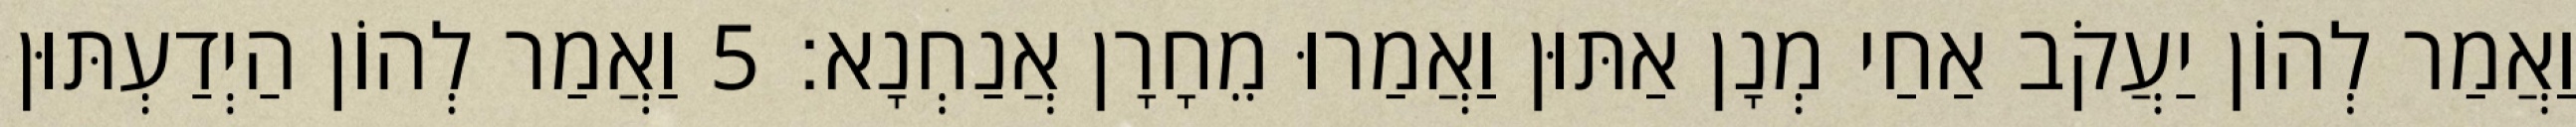
וַאֲמַר לְהוֹן יַעֲקֹב אַחַי מְנָן אַתּוּן וַאֲמַרוּ מֵחָרָן אֲנַחְנָא׃ 5 וַאֲמַר לְהוֹן הַיְדַעְתּוּן